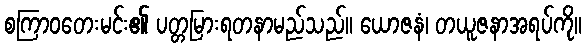
စကြာဝတေးမင်း၏ ပတ္တမြားရတနာမည်သည်။ ယောဇနံ၊ တယူဇနာအရပ်ကို။